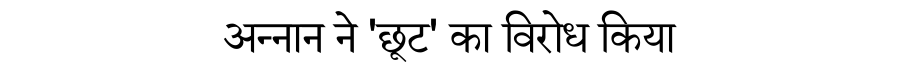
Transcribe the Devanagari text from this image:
अन्नान ने 'छूट' का विरोध किया